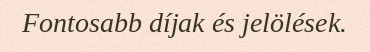
Fontosabb díjak és jelölések.